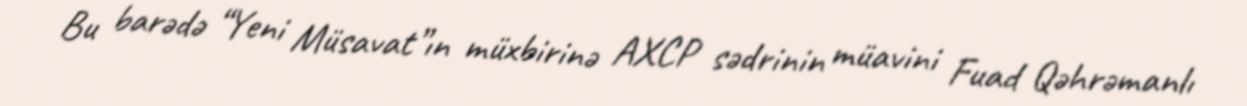
Bu barədə “Yeni Müsavat”ın müxbirinə AXCP sədrinin müavini Fuad Qəhrəmanlı